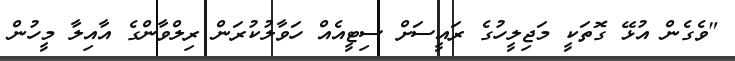
"ވެގެން އުޅޭ ގޮތަކީ މަޖިލީހުގެ ރައީސަށް ސިޓީއެއް ހަވާލުކުރަން ރިލްވާންގެ އާއިލާ މީހުން